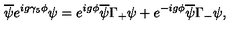
\overline { { \psi } } e ^ { i g \gamma _ { 5 } \phi } \psi = e ^ { i g \phi } \overline { { \psi } } \Gamma _ { + } \psi + e ^ { - i g \phi } \overline { { \psi } } \Gamma _ { - } \psi ,